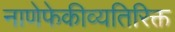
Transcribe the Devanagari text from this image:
नाणेफेकीव्यतिरिक्त